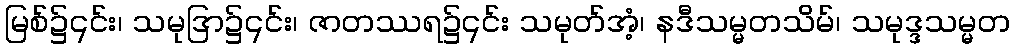
မြစ်၌၎င်း၊ သမုဒြာ၌၎င်း၊ ဇာတဿရ၌၎င်း သမုတ်အံ့၊ နဒီသမ္မတသိမ်၊ သမုဒ္ဒသမ္မတ